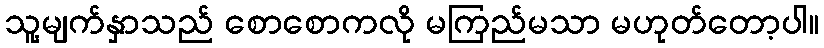
သူ့မျက်နှာသည် စောစောကလို မကြည်မသာ မဟုတ်တော့ပါ။